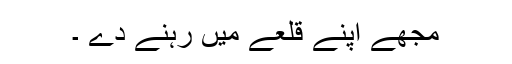
مجھے اپنے قلعے میں رہنے دے ۔